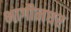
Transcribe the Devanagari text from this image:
भागीनघर